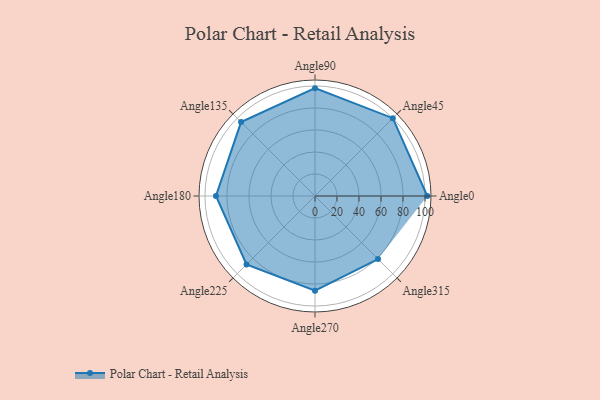
{"axis": {"x": "Angle", "y": "Radius"}, "legend": [""], "data": [{"x": "Angle0", "y": 102.0, "type": ""}, {"x": "Angle45", "y": 100.0, "type": ""}, {"x": "Angle90", "y": 98.0, "type": ""}, {"x": "Angle135", "y": 95.0, "type": ""}, {"x": "Angle180", "y": 90.0, "type": ""}, {"x": "Angle225", "y": 88.0, "type": ""}, {"x": "Angle270", "y": 86.0, "type": ""}, {"x": "Angle315", "y": 81.0, "type": ""}]}